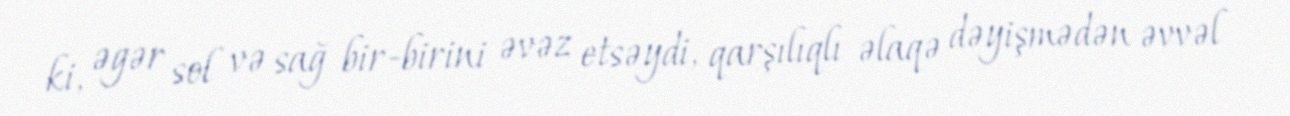
ki, əgər sol və sağ bir-birini əvəz etsəydi, qarşılıqlı əlaqə dəyişmədən əvvəl